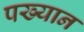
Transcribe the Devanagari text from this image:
पख्यान